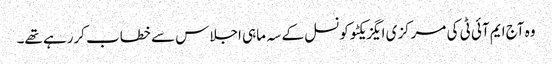
وہ آج ایم آئی ٹی کی مرکزی ایگزیکٹو کونسل کے سہ ماہی اجلاس سے خطاب کررہے تھے۔